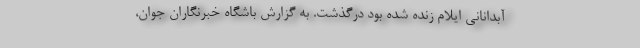
آبدانانی ایلام زنده شده بود درگذشت. به گزارش باشگاه خبرنگاران جوان،